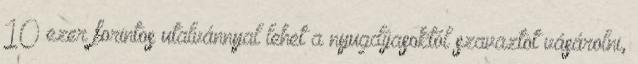
10 ezer forintos utalvánnyal lehet a nyugdíjasoktól szavaztot vásárolni,